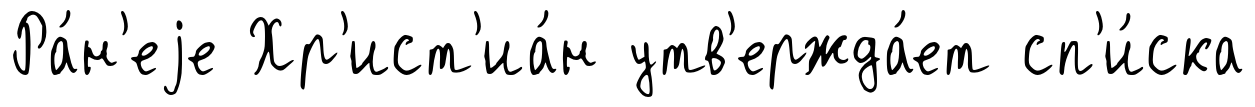
Ра́н'еjе Хр'ист'иа́н утв'ержда́ет сп'и́ска